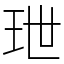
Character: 玴